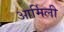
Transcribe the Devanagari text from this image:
आर्मिली